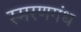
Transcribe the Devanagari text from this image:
स्मरणगंध